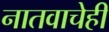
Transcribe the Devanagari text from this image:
नातवाचेही